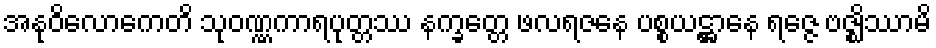
အနုဝိလောကေတိ သုဝဏ္ဏကာရပုတ္တဿ နက္ခတ္တေ ဖလရဇနေ ပစ္စယဋ္ဌာနေ ရဇ္ဇေ ဗဇ္ဈိဿာမိ